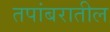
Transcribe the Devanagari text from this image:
तपांबरातील